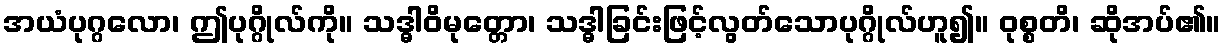
အယံပုဂ္ဂလော၊ ဤပုဂ္ဂိုလ်ကို။ သဒ္ဓါဝိမုတ္တော၊ သဒ္ဓါခြင်းဖြင့်လွတ်သောပုဂ္ဂိုလ်ဟူ၍။ ဝုစ္စတိ၊ ဆိုအပ်၏။